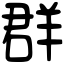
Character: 群